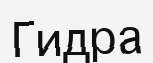
Гидра